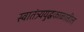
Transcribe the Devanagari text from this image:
स्वातंत्र्ययुद्धकाळातील